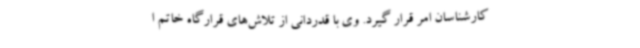
کارشناسان امر قرار گیرد. وی با قدردانی از تلاش‌های قرارگاه خاتم ا